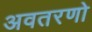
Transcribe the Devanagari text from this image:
अवतरणो